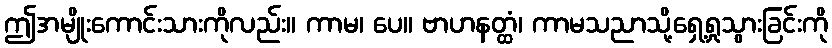
ဤအမျိုးကောင်းသားကိုလည်း။ ကာမ၊ ပေ။ ဗာဟနတ္ထံ၊ ကာမသညာသို့ရှေ့ရှုသွားခြင်းကို